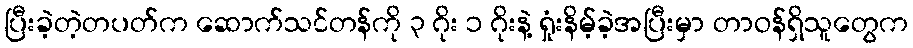
ပြီးခဲ့တဲ့တပတ်က ဆောက်သင်တန်ကို ၃ ဂိုး ၁ ဂိုးနဲ့ ရှုံးနိမ့်ခဲ့အပြီးမှာ တာဝန်ရှိသူတွေက